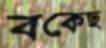
বকেছ